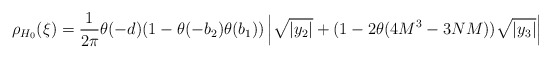
\begin{align*}\rho_{H_0 } (\xi ) =\frac{1}{2\pi } \theta (-d) (1-\theta (-b_2 ) \theta (b_1 ) )\left| \sqrt{ | y_2 | } + (1-2\theta (4M^3 -3NM )) \sqrt{ | y_3 | } \right|\end{align*}